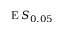
\operatorname { E } S _ { 0 . 0 5 }